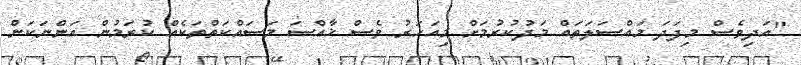
"އަދިވެސް މިފަދަ މައްސަލަތައް މަދުކުރުމަށް މިއަހަރު ވެސް ޚާއްސަ މަސައްކަތްތަކެއް ކުރަމުން އަންނަކަން